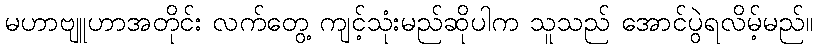
မဟာဗျူဟာအတိုင်း လက်တွေ့ ကျင့်သုံးမည်ဆိုပါက သူသည် အောင်ပွဲရလိမ့်မည်။